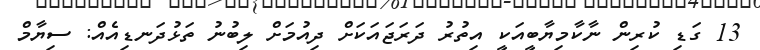
13 ގަޑި ކުރިން ނާކާމިޔާބީއަކީ އިތުރު ދަރަޖައަކަށް ދިއުމަށް ލިބުނު ތަޅުދަނޑިއެއް: ސިޔާމް